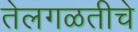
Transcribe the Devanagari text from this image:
तेलगळतीचे